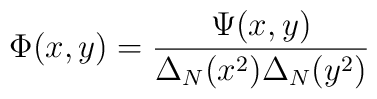
\Phi(x,y) = \frac{\Psi(x,y)}{\Delta_N(x^2) \Delta_N(y^2)}